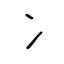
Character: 冫